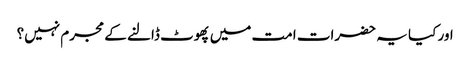
اور کیا یہ حضرات امت میں پھوٹ ڈالنے کے مجرم نہیں؟